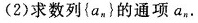
(2)求数列{a_{n}}的通项a_{n}